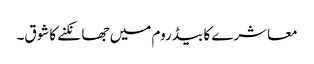
معاشرے کا بیڈ روم میں جھانکنے کاشوق۔